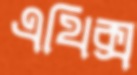
এথিক্স